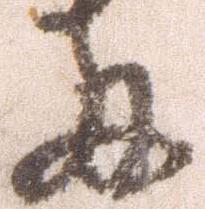
両